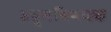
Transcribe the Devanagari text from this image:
ब्रह्मविषयक